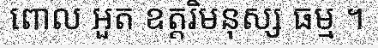
ពោល អួត ឧត្តរិមនុស្ស ធម្ម ។